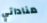
مناداتي